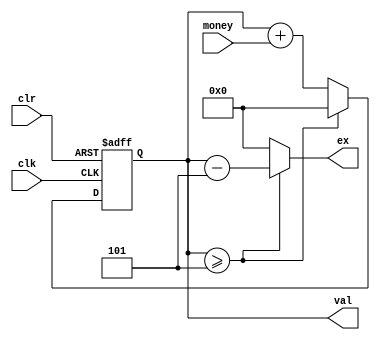
`timescale 1ns / 1ps
//////////////////////////////////////////////////////////////////////////////////
// Company: 
// Engineer: 
// 
// Design Name: 
// Module Name:    seller 
// Project Name: 
// Target Devices: 
// Tool versions: 
// Description: 
//
// Dependencies: 
//
// Revision: 
// Revision 0.01 - File Created
// Additional Comments: 
//
//////////////////////////////////////////////////////////////////////////////////
module seller(
	input [2:0] money,
	input clr,
	input clk,
	output [3:0] ex,
	output [3:0] val);

	reg [3:0] va;
	assign ex = (va >=5) ? va - 5 : 0;
	assign val = va;
	initial begin
		va = 0;
	end

	always@(posedge clk or posedge clr) begin
		if(clr) begin
			va <= 0;
		end
		else if( va >=5 ) begin
			va <= 0;
		end
		else begin
			va <= va + money;
		end
	end
endmodule